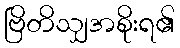
ဗြိတိသျှအစိုးရ၏